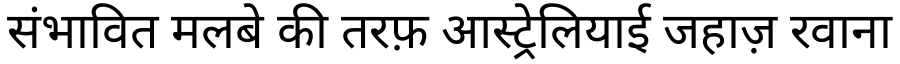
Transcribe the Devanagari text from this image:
संभावित मलबे की तरफ़ आस्ट्रेलियाई जहाज़ रवाना